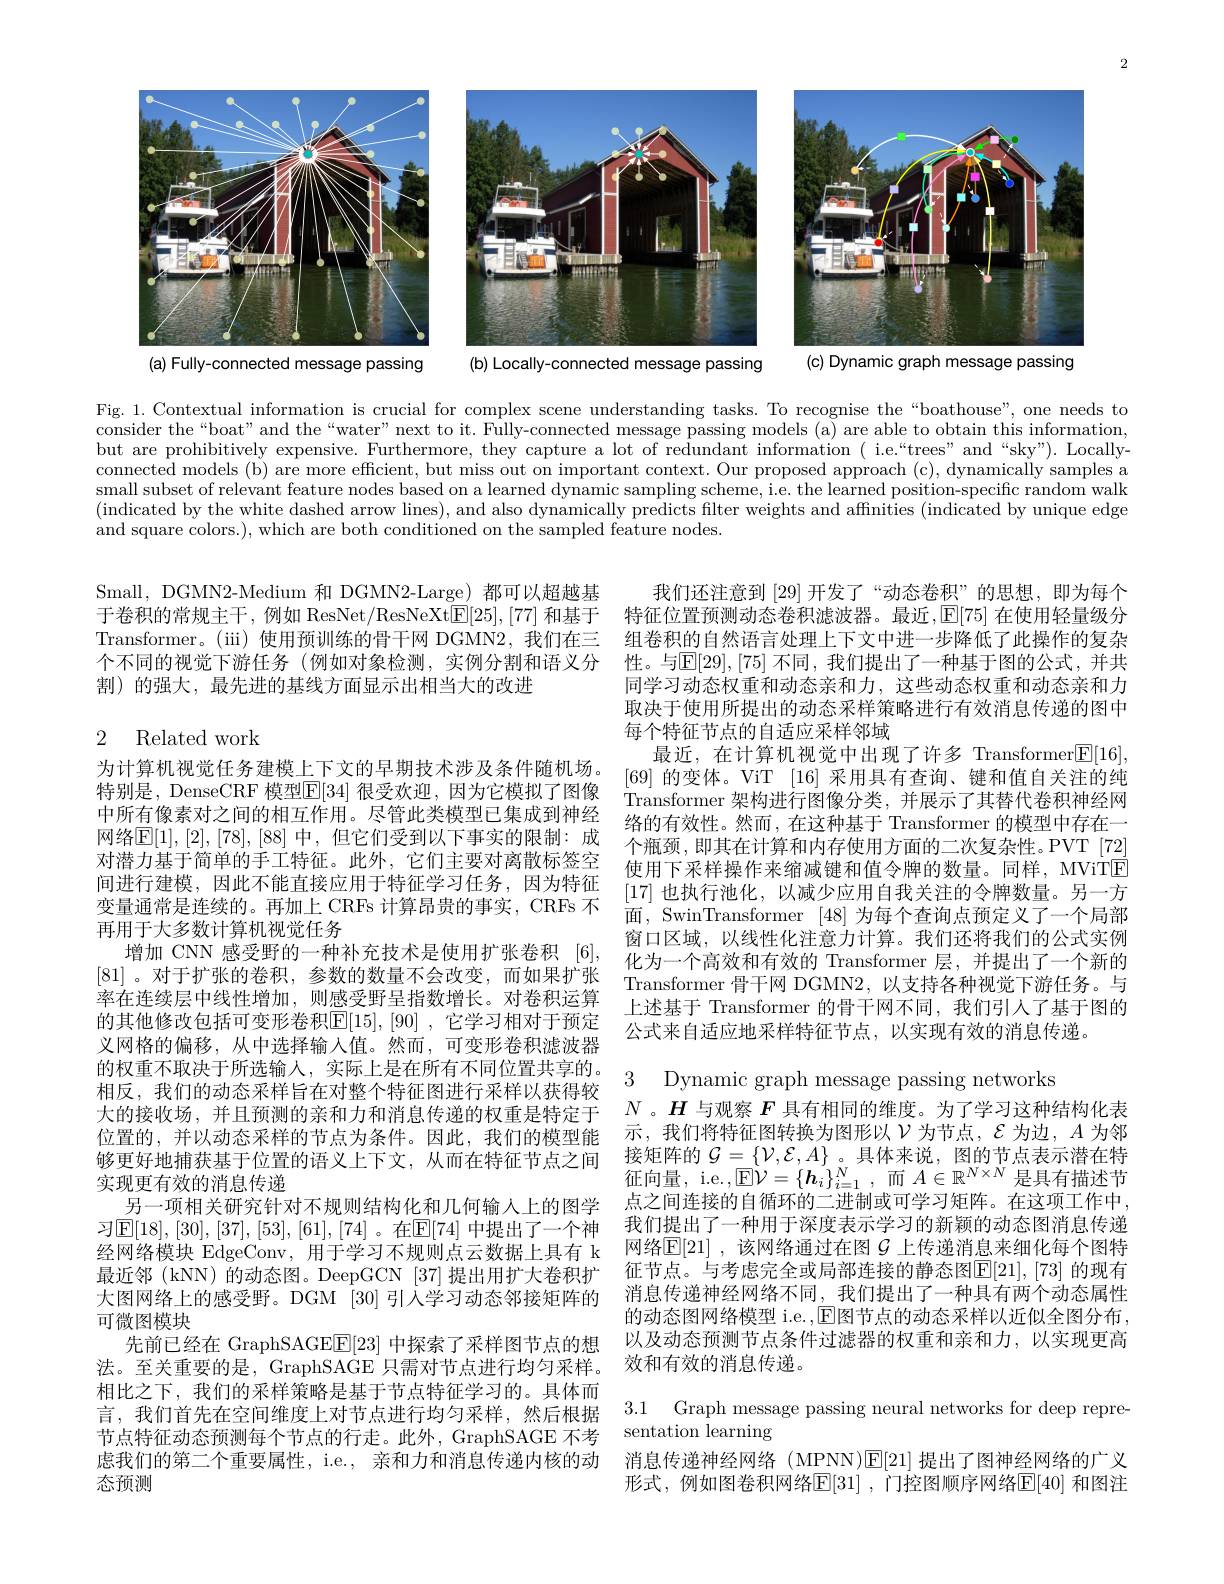
2

<FigureHere>
(a) Fully-connected message passing

(c) Dynamic graph message passing
(b) Locally-connected message passing

Fig. 1. Contextual information is crucial for complex scene understanding tasks. To recognise the “boathouse”, one needs to consider the“boat”and the“water”next to it. Fully-connected message passing models(a) are able to obtain this information, but are prohibitively expensive. Furthermore, they capture a lot of redundant information ( i.e.“trees” and “sky”). Locally connected models (b) are more efficient, but miss out on important context. Our proposed approach (c), dynamically samples a small subset of relevant feature nodes based on a learned dynamic sampling scheme, i.e. the learned position-specific random walk (indicated by the white dashed arrow lines), and also dynamically predicts filter weights and affinities (indicated by unique edge and square colors.), which are both conditioned on the sampled feature nodes.

Small, DGMN2-Medium 和 DGMN2-Large) 都可以超越基
于卷积的常规主干，例如 ResNet/ResNeXt$[\mathbb{E}[25],[77]$ 和基于 特征位置预测动态卷积滤波器。最近$,\mathbb{E}[75]$ 在使用轻量级分Transformer。(ii) 使用预训练的骨干网 DGMN2, 我们在三 组卷积的自然语言处理上下文中进一步降低了此操作的复杂个不同的视觉下游任务 (例如对象检测，实例分割和语义分 性。与$\mathbb{E}[29],[75]$ 不同，我们提出了一种基于图的公式，并共割)的强大，最先进的基线方面显示出相当大的改进

## 2 Related work

我们还注意到 [29] 开发了“动态卷积”的思想，即为每个同学习动态权重和动态亲和力，这些动态权重和动态亲和力取决于使用所提出的动态采样策略进行有效消息传递的图中每个特征节点的自适应采样邻域
最近，在计算机视觉中出现了许多 Transformer$\mathbb{E}[16]$ [69]的变体。ViT [16]采用具有查询、键和值自关注的纯Transformer 架构进行图像分类，并展示了其替代卷积神经网络的有效性。然而，在这种基于 Transformer 的模型中存在一个瓶颈，即其在计算和内存使用方面的二次复杂性。PVT [72] 使用下采样操作来缩减键和值令牌的数量。同样，MViTE [17]也执行池化，以减少应用自我关注的令牌数量。另一方面，SwinTransformer [48]为每个查询点预定义了一个局部窗口区域，以线性化注意力计算。我们还将我们的公式实例化为一个高效和有效的 Transformer 层，并提出了一个新的Transformer 骨干网 DGMN2,以支持各种视觉下游任务。与上述基于 Transformer 的骨干网不同，我们引人了基于图的公式来自适应地采样特征节点，以实现有效的消息传递。

为计算机视觉任务建模上下文的早期技术涉及条件随机场。特别是，DenseCRF 模型$\overline{\mathbb{E}}[34]$ 很受欢迎，因为它模拟了图像中所有像素对之间的相互作用。尽管此类模型已集成到神经网络$\mathbb{E}[1],[2],[78],[88]$ 中，但它们受到以下事实的限制：成对潜力基于简单的手工特征。此外，它们主要对离散标签空间进行建模，因此不能直接应用于特征学习任务，因为特征变量通常是连续的。再加上 CRFs 计算昂贵的事实，CRFs 不再用于大多数计算机视觉任务
增加 CNN 感受野的一种补充技术是使用扩张卷积[6], [81] 。对于扩张的卷积，参数的数量不会改变，而如果扩张率在连续层中线性增加，则感受野呈指数增长。对卷积运算的其他修改包括可变形卷积[15],[90] ,它学习相对于预定义网格的偏移，从中选择输入值。然而，可变形卷积滤波器的权重不取决于所选输人，实际上是在所有不同位置共享的。相反，我们的动态采样旨在对整个特征图进行采样以获得较
位置的，并以动态采样的节点为条件。因此，我们的模型能够更好地捕获基于位置的语义上下文，从而在特征节点之间实现更有效的消息传递
另一项相关研究针对不规则结构化和几何输入上的图学习$\operatorname{E}[18],[30],[37],[53],[61],[74]$。在$\operatorname{E}[74]$ 中提出了一个神经网络模块 EdgeConv, 用于学习不规则点云数据上具有 k 最近邻 (kNN) 的动态图。DeepGCN [37] 提出用扩大卷积扩大图网络上的感受野。DGM[30] 引人学习动态邻接矩阵的 消息传递神经网络不同，我们提出了一种具有两个动态属性
可微图模块
先前已经在 GraphSAGE$\underline{\mathrm{E}}[23]$中探索了采样图节点的想
法。至关重要的是，GraphSAGE 只需对节点进行均匀采样。效和有效的消息传递。
相比之下，我们的采样策略是基于节点特征学习的。具体而言，我们首先在空间维度上对节点进行均匀采样，然后根据节点特征动态预测每个节点的行走。此外，GraphSAGE 不考虑我们的第二个重要属性，i.e., 亲和力和消息传递内核的动 消息传递神经网络 (MPNN)$\overline{\mathrm{E}}[21]$提出了图神经网络的广义
态预测

3 Dynamic graph message passing networks
示，我们将特征图转换为图形以$\mathcal{V}$为节点，$\mathcal{E}$为边，$A$为邻接矩阵的$\mathcal{G}=\{\mathcal{V},\mathcal{E},A\}$ 。具体来说，图的节点表示潜在特征向量，i.e.$,\underline{\mathbb{E}}\mathcal{V}=\{\boldsymbol{h}_{i}\}_{i=1}^{N}$,而$A\in\mathbb{R}^{N\times N}$是具有描述节点之间连接的自循环的二进制或可学习矩阵。在这项工作中， 我们提出了一种用于深度表示学习的新颖的动态图消息传递网络$\mathbb{E}[21]$ ,该网络通过在图 $\mathcal{G}$ 上传递消息来细化每个图特征节点。与考虑完全或局部连接的静态图$\mathbb{E}[21],[73]$ 的现有的动态图网络模型 i.e. $,\operatorname{E}$图节点的动态采样以近似全图分布 , 以及动态预测节点条件过滤器的权重和亲和力，以实现更高

3.1 Graph message passing neural networks for deep repre-

sentation learning
形式，例如图卷积网络$\mathbb{E}[31]$ ,门控图顺序网络$\mathbb{E}[40]$ 和图注